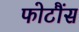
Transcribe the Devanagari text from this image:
फोटौंस